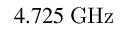
4 . 7 2 5 \: \mathrm { G H z }